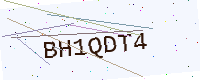
Text: BH1QDT4